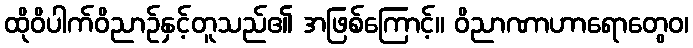
ထိုဝိပါက်ဝိညာဉ်နှင့်တူသည်၏ အဖြစ်ကြောင့်။ ဝိညာဏာဟာရောတွေဝ၊